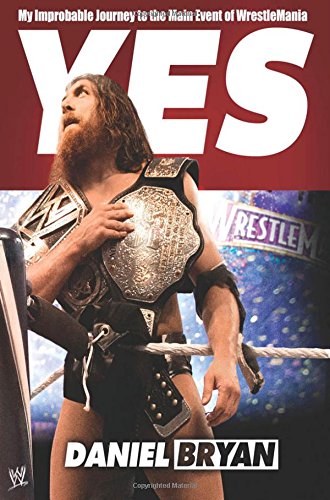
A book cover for Yes!: My Improbable Journey to the Main Event of WrestleMania; Daniel Bryan; Biographies & Memoirs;